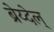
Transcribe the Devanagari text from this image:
ब्रेय्देल्